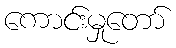
ကောင်းမှုတော်